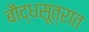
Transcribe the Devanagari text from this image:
बौद्धसूत्रात